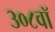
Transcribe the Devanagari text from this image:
३०८वॉ